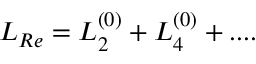
{ \cal L } _ { R e } = { \cal L } _ { 2 } ^ { ( 0 ) } + { \cal L } _ { 4 } ^ { ( 0 ) } + . . . .